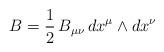
LaTeX: \begin{align*}B=\frac{1}{2}\,B_{\mu\nu}\,dx^\mu\wedge dx^\nu\end{align*}